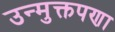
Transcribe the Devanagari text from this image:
उन्मुक्तपणा